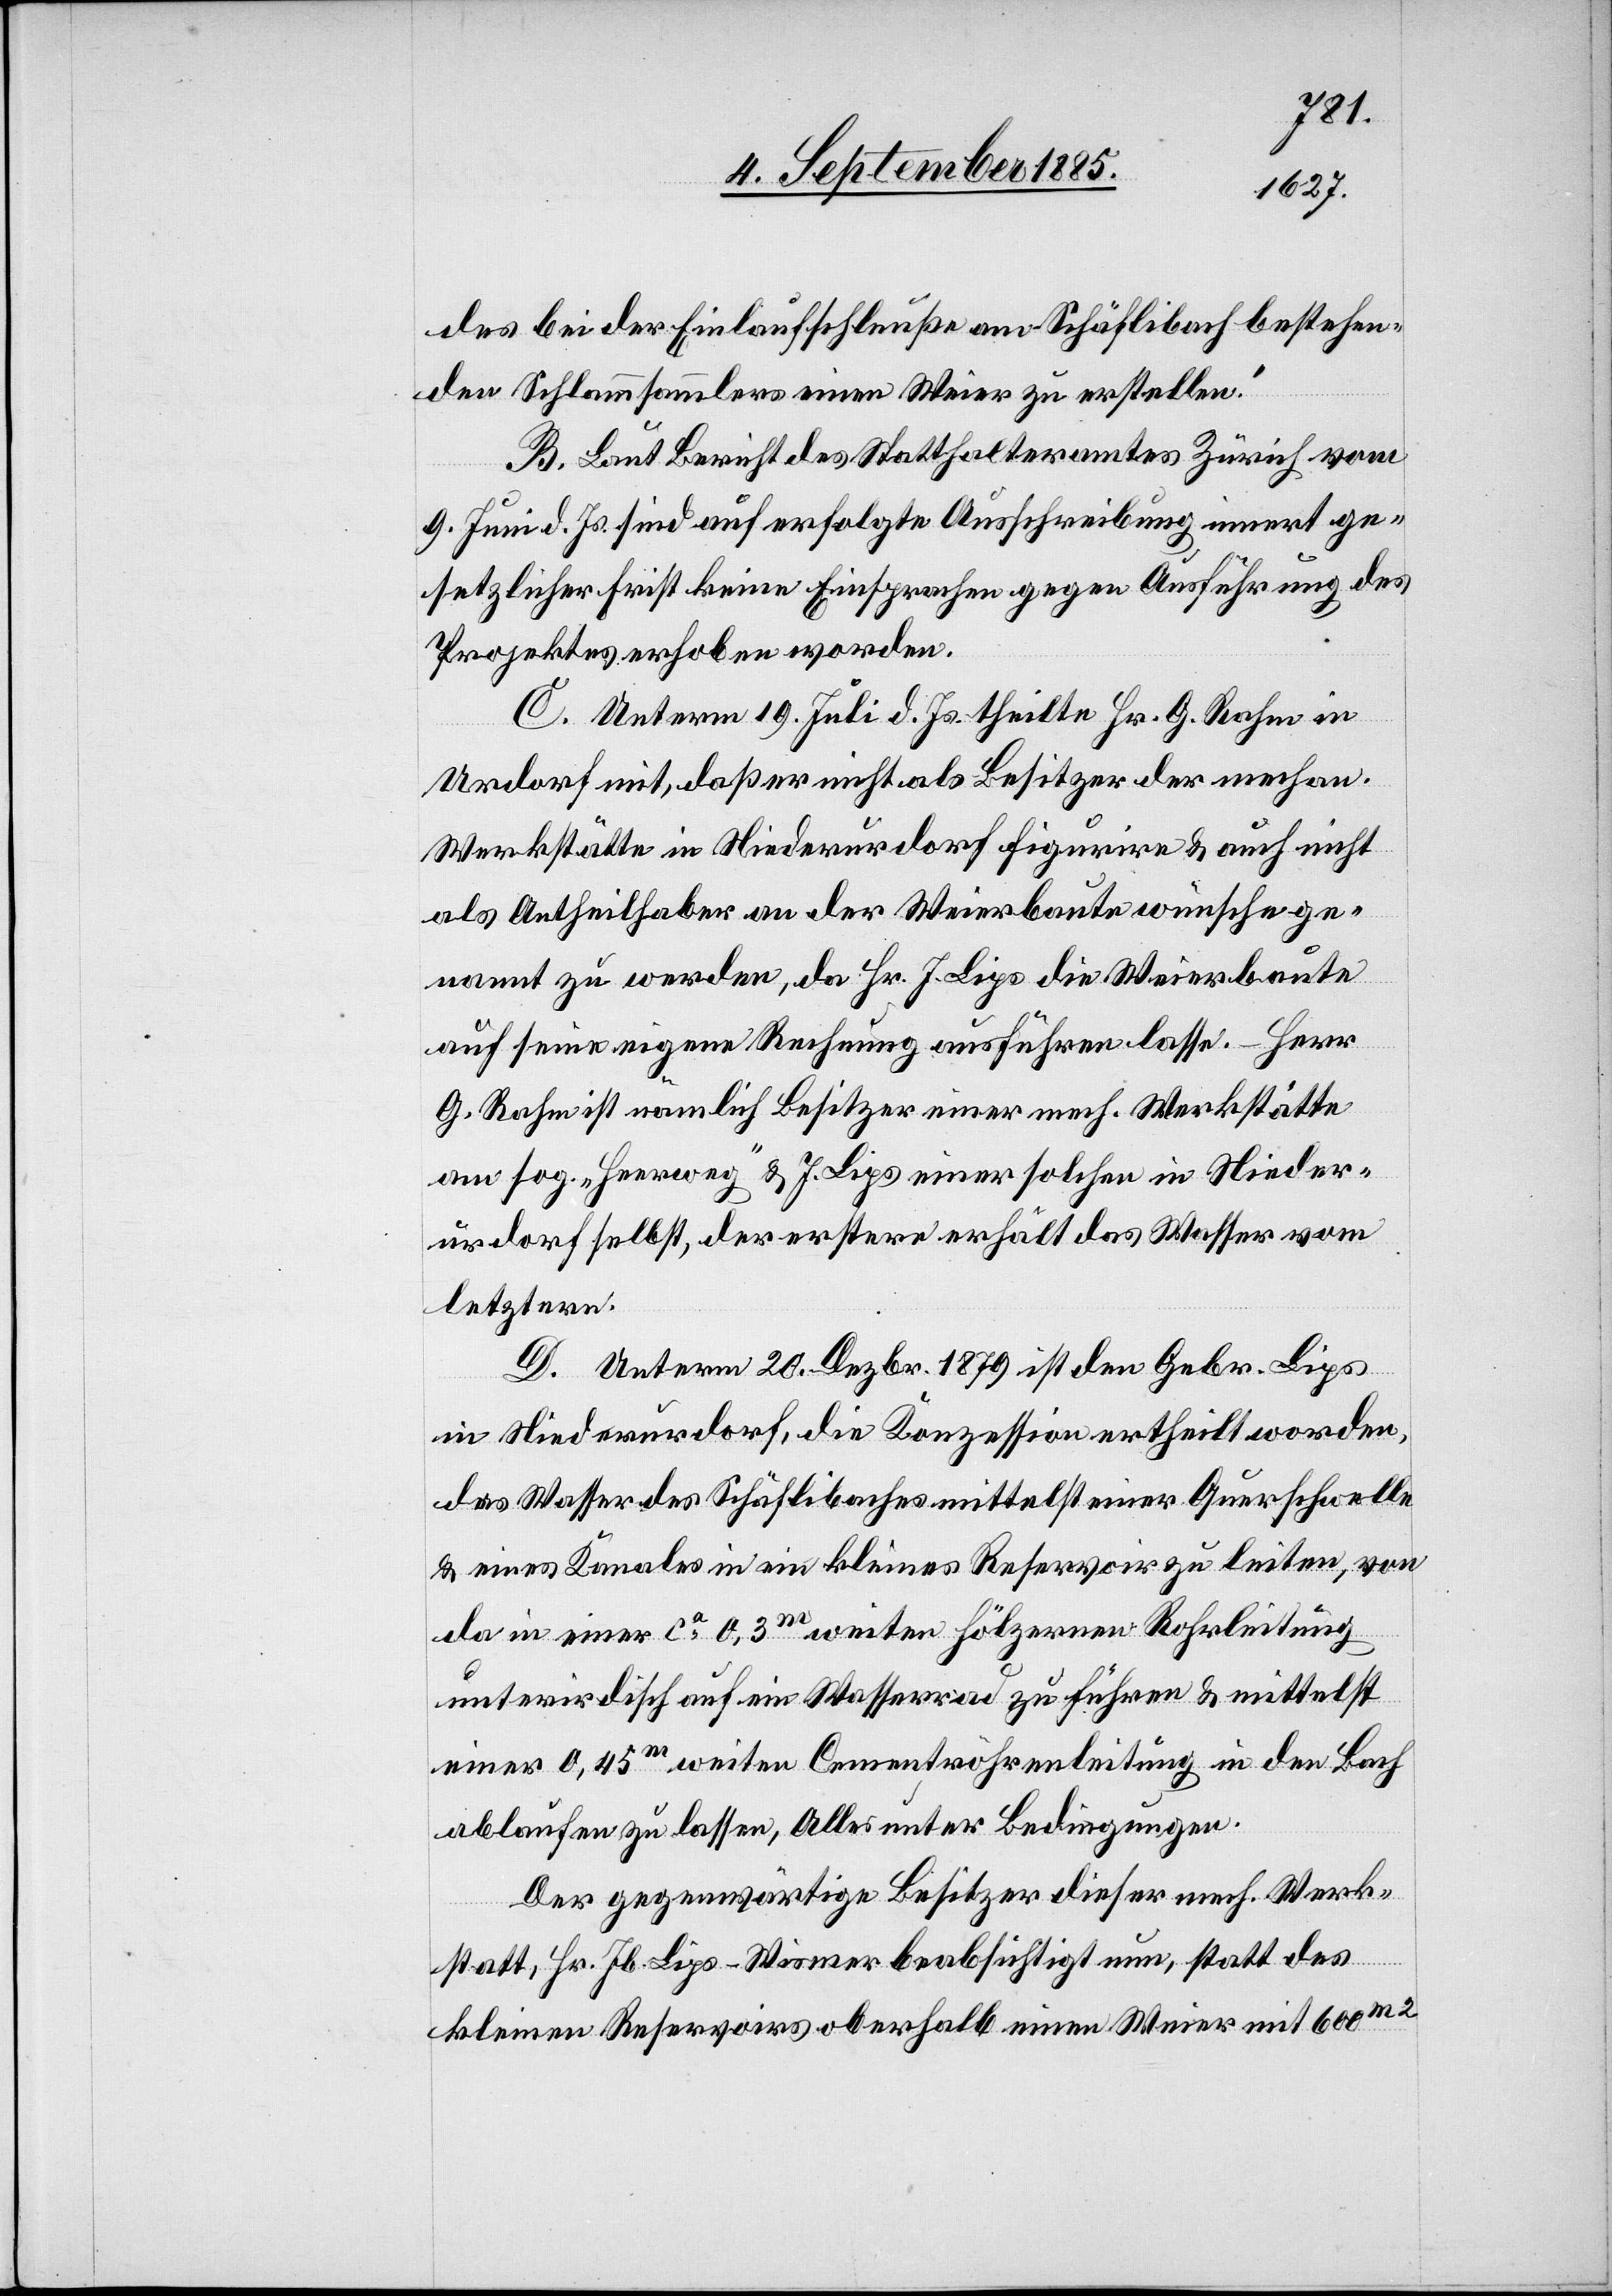
des bei der Einlaufschleuße am Schäflibach bestehen¬
den Schlammsammlers einen Weier zu erstellen.“
B. Laut Bericht des Statthalteramtes Zürich vom
9. Juni d. Js. sind auf erfolgte Ausschreibung innert ge¬
setzlicher Frist keine Einsprachen gegen Ausführung des
Projektes erhoben worden.
C. Unterm 19. Juli d. Js. theilte Hr. G. Rahm in
Urdorf mit, daß er nicht als Besitzer der mechan.
Werkstätte in Niederurdorf figurire & auch nicht
als Antheilhaber an der Weierbaute wünsche ge¬
nannt zu werden, da Hr. J. Lips die Weierbaute
auf seine eigene Rechnung ausführen lasse. – Herr
G. Rahm ist nämlich Besitzer einer mech. Werkstätte
am sog. „Heerweg“ & J. Lips einer solchen in Nieder¬
urdorf selbst, der erstere erhält das Wasser vom
letztern.
D. Unterm 20. Dezbr. 1879 ist den Gebr. Lips
in Niederurdorf, die Konzession ertheilt worden,
das Wasser des Schäflibaches mittelst einer Querschwelle
& eines Kanales in ein kleines Reservoir zu leiten, von
da in einer ca 0,3m weiten hölzernen Rohrleitung
unterirdisch auf ein Wasserrad zu führen & mittelst
einer 0,45m weiten Cementröhrenleitung in den Bach
ablaufen zu lassen, Alles unter Bedingungen.
Der gegenwärtige Besitzer dieser mech. Werk¬
statt, Hr. Jb. Lips-Wismer beabsichtigt nun, statt des
kleinen Reservoirs oberhalb einen Weier mit 600m2